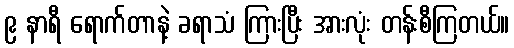
၉ နာရီ ရောက်တာနဲ့ ခရာသံ ကြားပြီး အားလုံး တန်းစီကြတယ်။